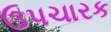
ઉપચારક